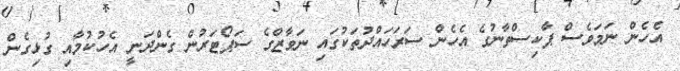
އެހެން ނަމަވެސް ޕާކިސްތާނުގެ އެހެން ސަރަހައްދުތަކުގައި ނަވާޒްގެ ސަޕޯޓަރުން ގެންދަނީ އެހުކުމާއި ގުޅިގެން